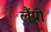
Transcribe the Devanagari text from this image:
लैंप्री